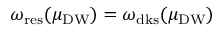
\omega _ { \mathrm { r e s } } ( \mu _ { \mathrm { D W } } ) = \omega _ { \mathrm { d k s } } ( \mu _ { \mathrm { D W } } )